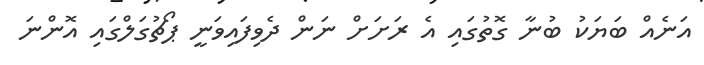
އަނެއްް ބަޔަކު ބުނާ ގޮތުގައި އެ ރަށަށް ނަން ދެވިފައިވަނީ ޕޯޗުގަލްގައި އޮންނަ